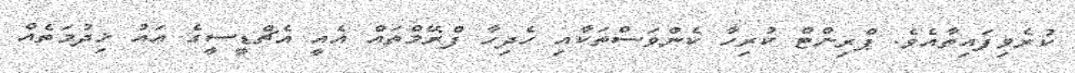
ކުރެވިފައިތާއެވެ. ޕްރިންޓް ކުރިހާ ކެންވަސްތަކާއި ހެދިހާ ފްރޭމްތައް އެއީ އެޗްޑީސީގެ އައު ޚިދުމަތެއް